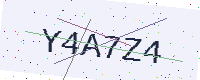
Text: Y4A7Z4